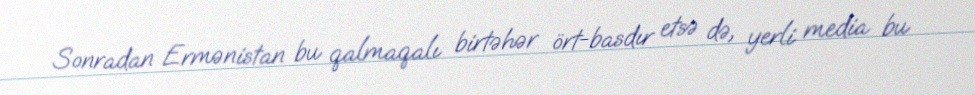
Sonradan Ermənistan bu qalmaqalı birtəhər ört-basdır etsə də, yerli media bu